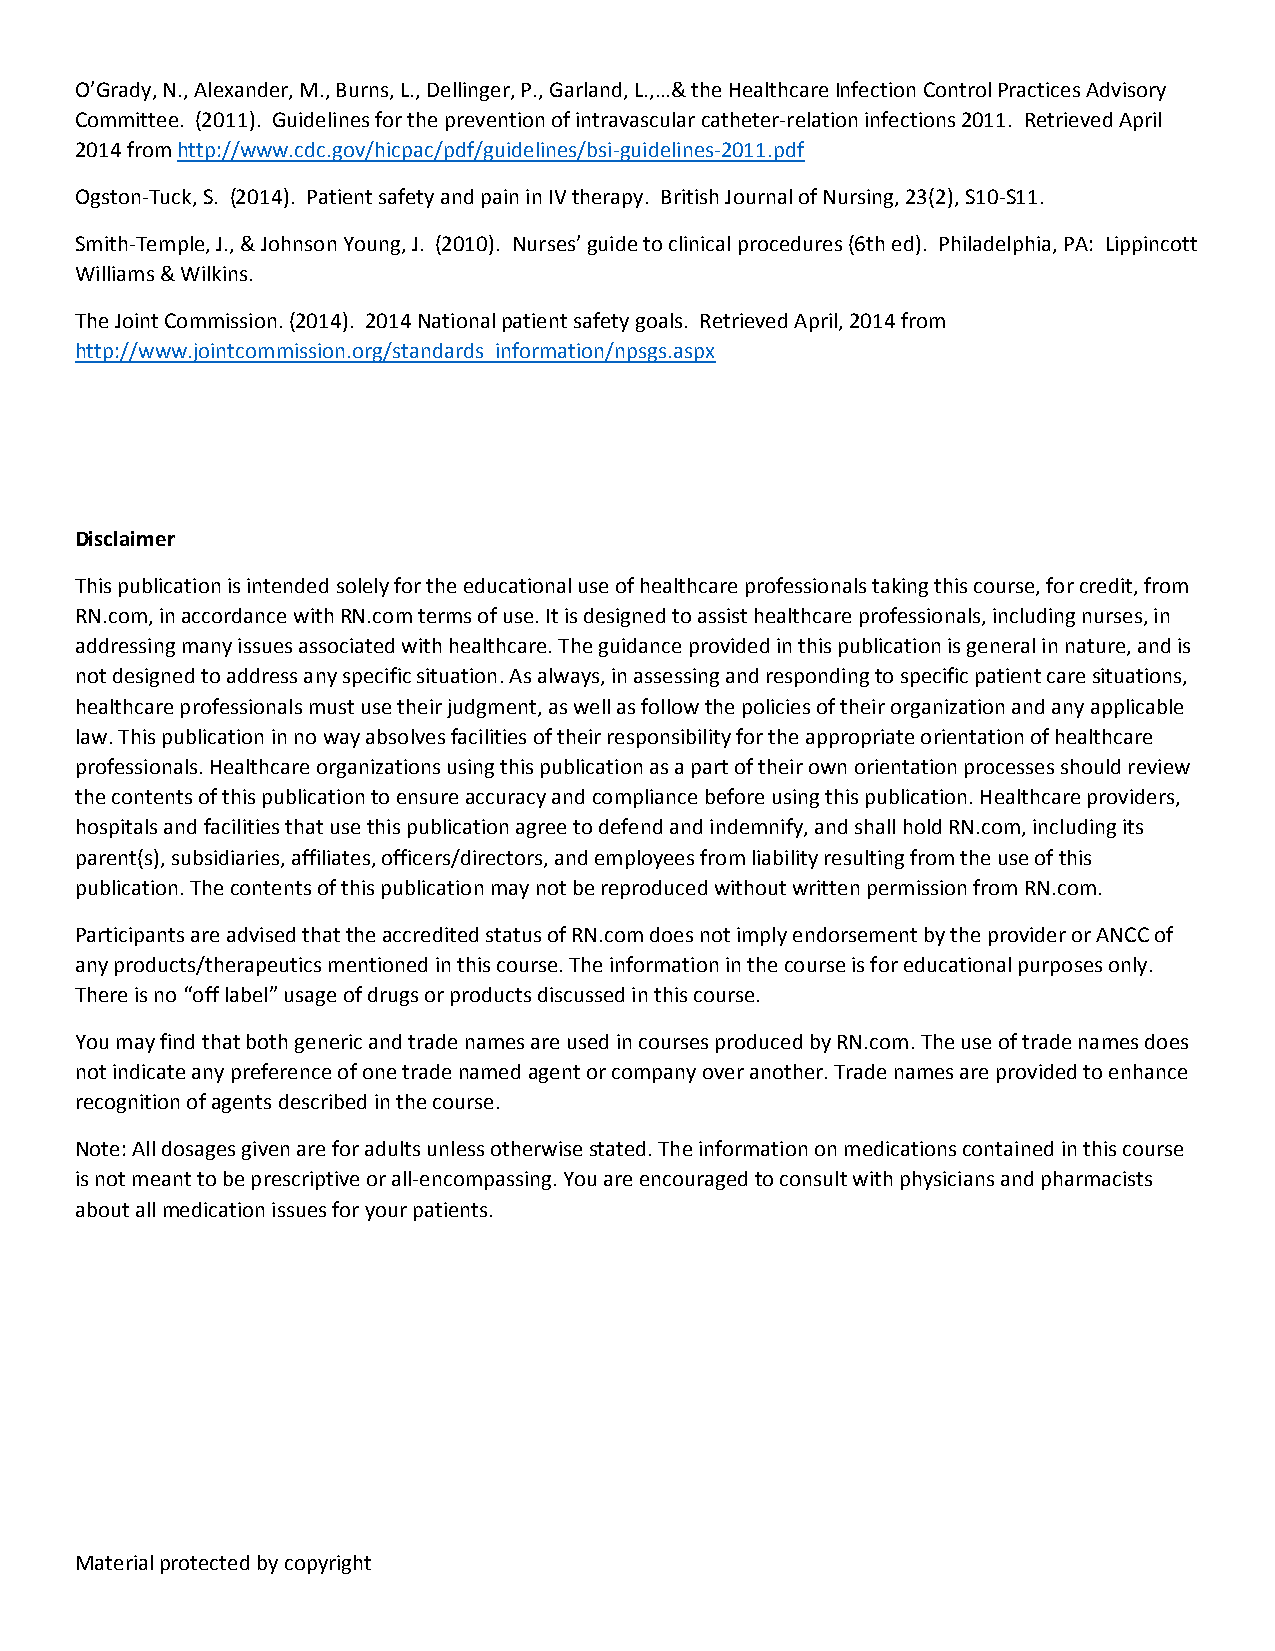
O’Grady, N., Alexander, M., Burns, L., Dellinger, P., Garland, L.,…& the Healthcare Infection Control Practices Advisory
 Committee. (2011). Guidelines for the prevention of intravascular catheter‐relation infections 2011. Retrieved April
 2014 from http://www.cdc.gov/hicpac/pdf/guidelines/bsi‐guidelines‐2011.pdf
 Ogston‐Tuck, S. (2014). Patient safety and pain in IV therapy. British Journal of Nursing, 23(2), S10‐S11.
 Smith‐Temple, J., & Johnson Young, J. (2010). Nurses’ guide to clinical procedures (6th ed). Philadelphia, PA: Lippincott
 Williams & Wilkins.
 The Joint Commission. (2014). 2014 National patient safety goals. Retrieved April, 2014 from
 http://www.jointcommission.org/standards_information/npsgs.aspx
 Disclaimer
 This publication is intended solely for the educational use of healthcare professionals taking this course, for credit, from
 RN.com, in accordance with RN.com terms of use. It is designed to assist healthcare professionals, including nurses, in
 addressing many issues associated with healthcare. The guidance provided in this publication is general in nature, and is
 not designed to address any specific situation. As always, in assessing and responding to specific patient care situations,
 healthcare professionals must use their judgment, as well as follow the policies of their organization and any applicable
 law. This publication in no way absolves facilities of their responsibility for the appropriate orientation of healthcare
 professionals. Healthcare organizations using this publication as a part of their own orientation processes should review
 the contents of this publication to ensure accuracy and compliance before using this publication. Healthcare providers,
 hospitals and facilities that use this publication agree to defend and indemnify, and shall hold RN.com, including its
 parent(s), subsidiaries, affiliates, officers/directors, and employees from liability resulting from the use of this
 publication. The contents of this publication may not be reproduced without written permission from RN.com.
 Participants are advised that the accredited status of RN.com does not imply endorsement by the provider or ANCC of
 any products/therapeutics mentioned in this course. The information in the course is for educational purposes only.
 There is no “off label” usage of drugs or products discussed in this course.
 You may find that both generic and trade names are used in courses produced by RN.com. The use of trade names does
 not indicate any preference of one trade named agent or company over another. Trade names are provided to enhance
 recognition of agents described in the course.
 Note: All dosages given are for adults unless otherwise stated. The information on medications contained in this course
 is not meant to be prescriptive or all‐encompassing. You are encouraged to consult with physicians and pharmacists
 about all medication issues for your patients.
 Material protected by copyright